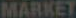
MARKET